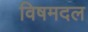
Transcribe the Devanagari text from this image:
विषमदल